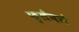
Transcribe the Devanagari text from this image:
फ़्लैनरो